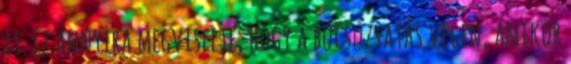
is. Ez annyira megviselte, hogy a búcsúztatás végén, amikor